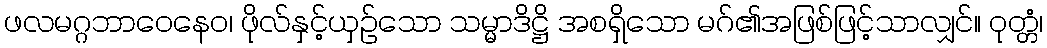
ဖလမဂ္ဂဘာဝေနေဝ၊ ဖိုလ်နှင့်ယှဉ်သော သမ္မာဒိဋ္ဌိ အစရှိသော မဂ်၏အဖြစ်ဖြင့်သာလျှင်။ ဝုတ္တံ၊